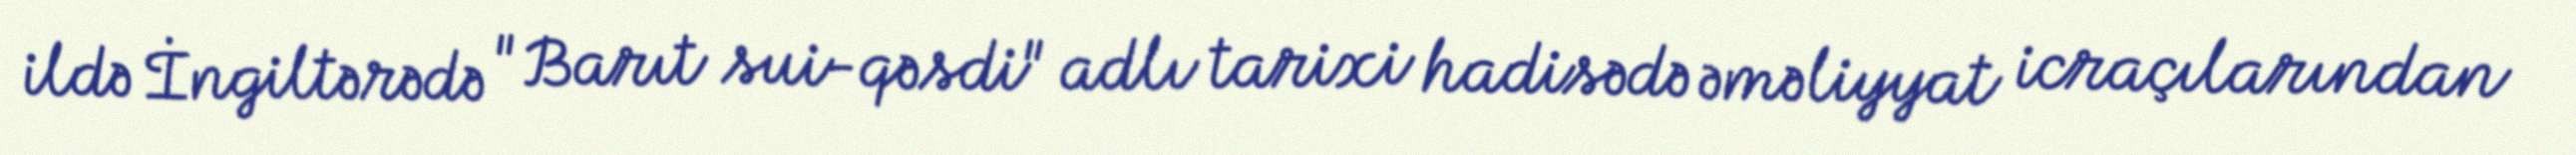
ildə İngiltərədə "Barıt sui-qəsdi" adlı tarixi hadisədə əməliyyat icraçılarından